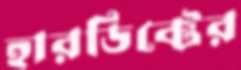
হারডিক্টের